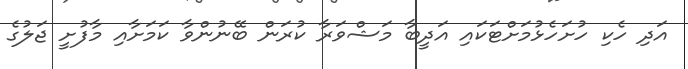
އަދި ހެކި ހުށަހެޅުމަށްޓަކައި އަދީބާ މަޝްވަރާ ކުރަން ބޭނުންވާ ކަމަށާއި މާފުށީ ޖަލުގެ